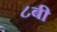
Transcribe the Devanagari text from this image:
८बी